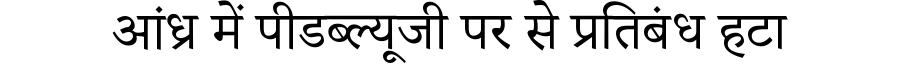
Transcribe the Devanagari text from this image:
आंध्र में पीडब्ल्यूजी पर से प्रतिबंध हटा